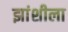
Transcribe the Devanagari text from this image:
झांशीला